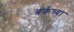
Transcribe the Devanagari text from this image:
बर्कच्या